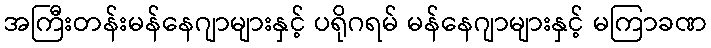
အကြီးတန်းမန်နေဂျာများနှင့် ပရိုဂရမ် မန်နေဂျာများနှင့် မကြာခဏ